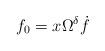
LaTeX: \begin{align*}f_0 = x \Omega^{\delta} \dot{f}\end{align*}